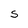
Character: s